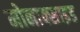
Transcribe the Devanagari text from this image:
मोनाक्साइड